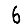
Digit: 6